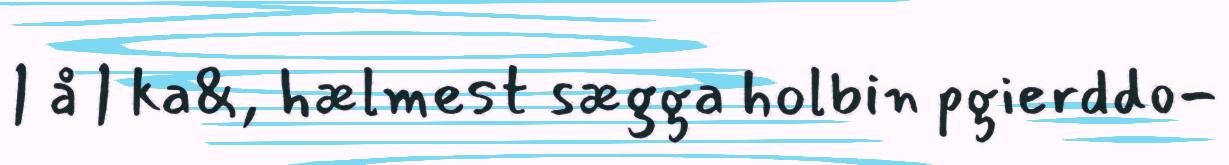
| å | ka&, hælmest sægga holbin pgierddo-